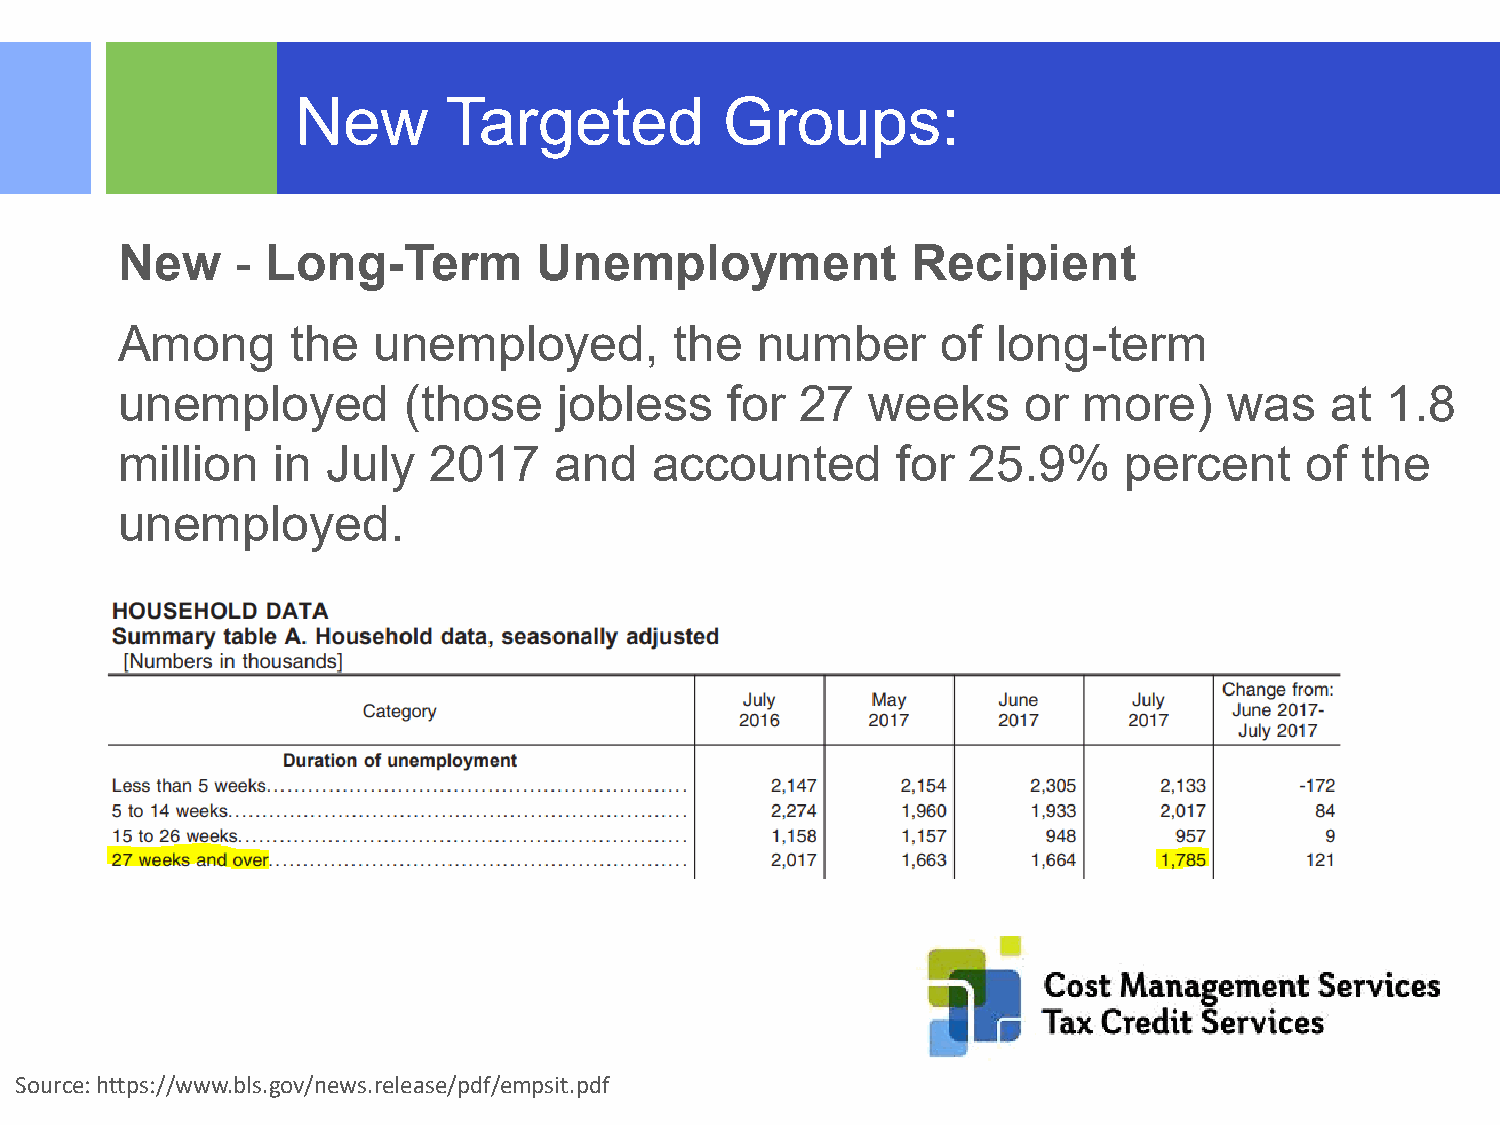
New       Targeted          Groups:
 New     - Long-Term         Unemployment            Recipient
 Among      the   unemployed,         the  number      of  long-term
 unemployed         (those    jobless    for  27   weeks     or  more)    was    at  1.8
 million   in  July  2017     and   accounted       for  25.9%     percent     of  the
 unemployed.
 Source©:2 h01t5tp RsS:M// UwSw LLwP..b Allsl .Rgigohvts/ nReeswersv.erde. lease/pdf/empsit.pdf